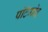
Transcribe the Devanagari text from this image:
पोटॅमोइ